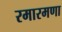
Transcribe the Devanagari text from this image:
रमारमणा